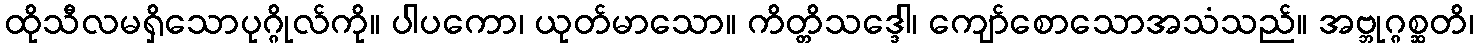
ထိုသီလမရှိသောပုဂ္ဂိုလ်ကို။ ပါပကော၊ ယုတ်မာသော။ ကိတ္တိသဒ္ဒေါ၊ ကျော်စောသောအသံသည်။ အဗ္ဘုဂ္ဂစ္ဆတိ၊